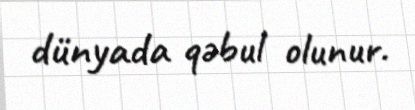
dünyada qəbul olunur.